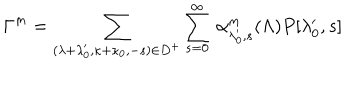
\Gamma ^ { m } = \sum _ { ( \lambda + \lambda _ { 0 } ^ { \prime } , \kappa + \kappa _ { 0 } , - s ) \in D ^ { + } } \sum _ { s = 0 } ^ { \infty } \, \alpha _ { \lambda _ { 0 } ^ { \prime } , s } ^ { m } ( \Lambda ) P [ \lambda _ { 0 } ^ { \prime } , s ]